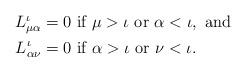
LaTeX: \begin{align*}\begin{aligned}L_{\mu\alpha}^{\iota} =0 &\mbox{ if } \mu>\iota \mbox{ or } \alpha <\iota, \mbox{ and } \\L_{\alpha\nu}^{\iota} =0 &\mbox{ if } \alpha >\iota \mbox{ or } \nu<\iota. \\\end{aligned}\end{align*}